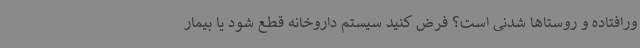
ورافتاده و روستاها شدنی است؟ فرض کنید سیستم داروخانه قطع شود یا بیمار